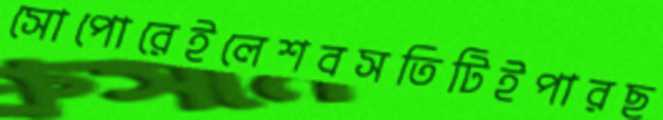
সোপোরেইলেশবসতিটিইপারছ